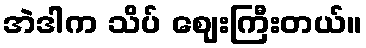
အဲဒါက သိပ် ဈေးကြီးတယ်။